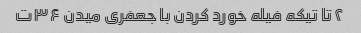
۲ تا تیکه فیله خورد کردن با جعفری میدن ۳۶ت